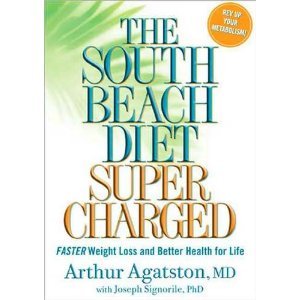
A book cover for The South Beach Diet Supercharged bySignorile; Signorile; Health, Fitness & Dieting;